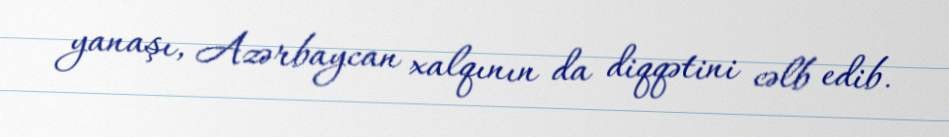
yanaşı, Azərbaycan xalqının da diqqətini cəlb edib.